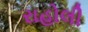
રાહોલી